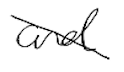
Text: and
Cross-out: diagonal
Writing tool: digital_black